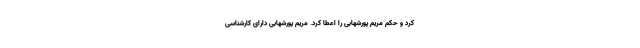
کرد و حکم مریم پورشهابی را اعطا کرد. مریم پورشهابی دارای کارشناسی